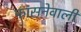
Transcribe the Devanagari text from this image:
फांसनेवाली